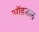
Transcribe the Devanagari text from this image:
ऑइडल